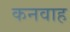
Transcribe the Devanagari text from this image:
कनवाह